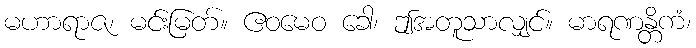
မဟာရာဇ၊ မင်းမြတ်။ ဧဝမေဝ ခေါ၊ ဤအတူသာလျှင်။ မာရဏန္တိကံ၊